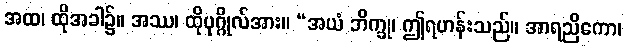
အထ၊ ထိုအခါ၌။ အဿ၊ ထိုပုဂ္ဂိုလ်အား။ “အယံ ဘိက္ခု၊ ဤရဟန်းသည်။ အာရညိကော၊